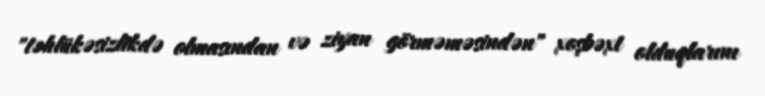
"təhlükəsizlikdə olmasından və ziyan görməməsindən" xoşbəxt olduqlarını